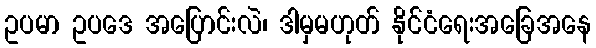
ဥပမာ ဥပဒေ အပြောင်းလဲ၊ ဒါမှမဟုတ် နိုင်ငံရေးအခြေအနေ